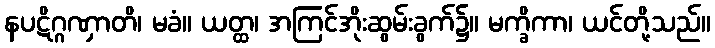
နပဋိဂ္ဂဏှာတိ၊ မခံ။ ယတ္ထ၊ အကြင်အိုးဆွမ်းခွက်၌။ မက္ခိကာ၊ ယင်တို့သည်။